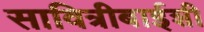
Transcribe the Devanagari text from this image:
सावित्रीबाईशी